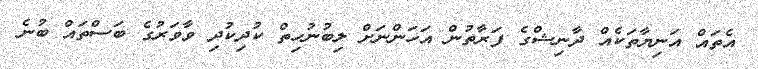
އެތައް އަނިޔާތަކެއް ދާނިޝްގެ ފަރާތުން އަހަންނަށް ލިބުނުހިތް ކުދިކުދި ވާވަރުގެ ބަސްތައް ބުނެ